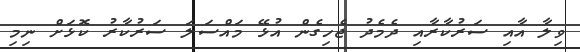
ވިލާ އާއި ސަރުކާރާއި ދެމެދު ޖެހިގެން އުޅޭ މައްސަލަ ސަރުކާރު ކޮޅަށް ނިމި